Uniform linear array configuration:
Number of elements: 16
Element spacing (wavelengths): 1
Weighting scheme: uniform
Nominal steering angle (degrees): -60
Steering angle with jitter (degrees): -61.877
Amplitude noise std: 0.05
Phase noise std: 0.05

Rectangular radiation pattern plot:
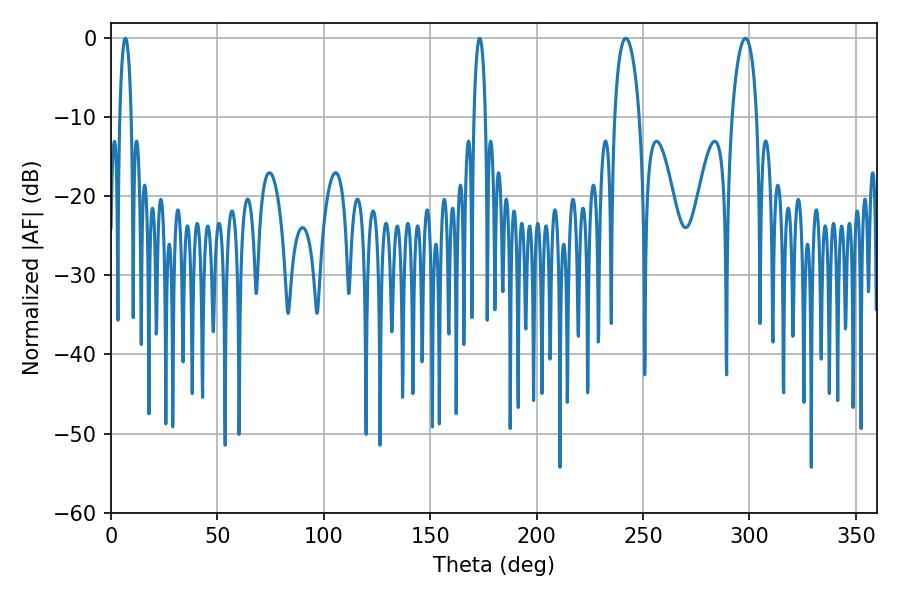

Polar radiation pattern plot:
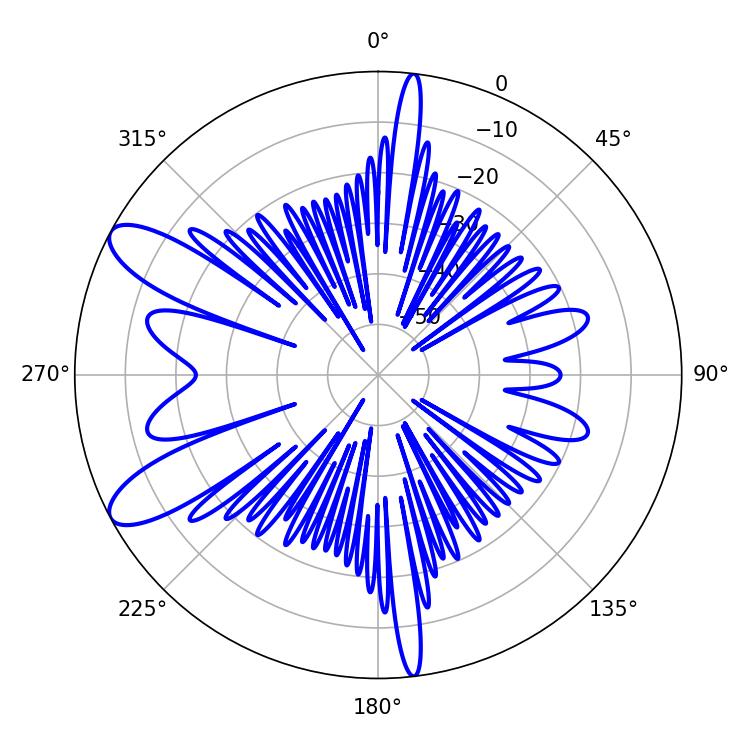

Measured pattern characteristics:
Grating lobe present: TRUE
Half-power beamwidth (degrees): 6.66
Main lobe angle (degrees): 241.92